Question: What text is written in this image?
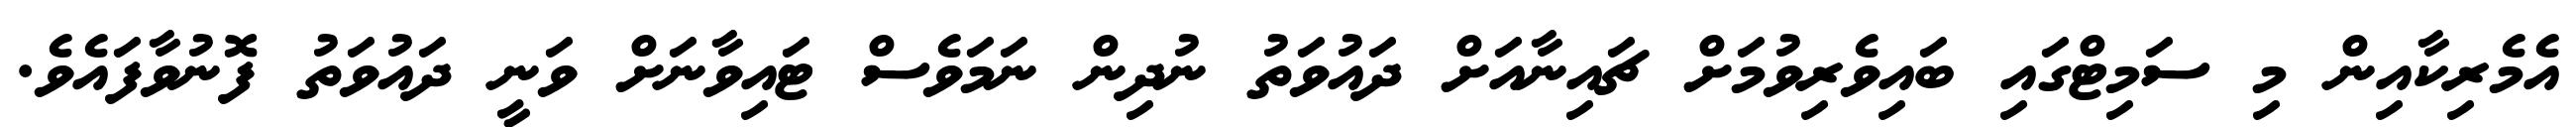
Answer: އެމެރިކާއިން މި ސަމިޓްގައި ބައިވެރިވުމަށް ޗައިނާއަށް ދައުވަތު ނުދިން ނަމަވެސް ޓައިވާނަށް ވަނީ ދައުވަތު ފޮނުވާފައެވެ.